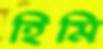
হিমি